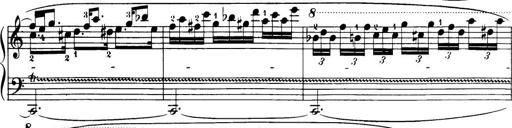
Title: 32 Sonatinas and Rondos for the Piano
Composer: Richard Kleinmichel